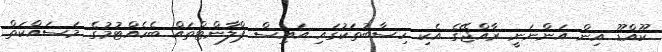
ކޫއްޑޫ އިން އަންނަނީ ރާއްޖޭގެ އެކި ހިސާބުތަކުގައި އައިސް ޕްލާންޓްތައް ބެހެއްޓުމުގެ މަސައްކަތް